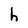
Character: h